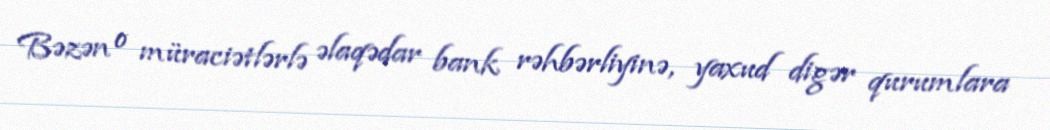
Bəzən o müraciətlərlə əlaqədar bank rəhbərliyinə, yaxud digər qurumlara